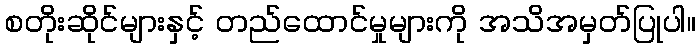
စတိုးဆိုင်များနှင့် တည်ထောင်မှုများကို အသိအမှတ်ပြုပါ။